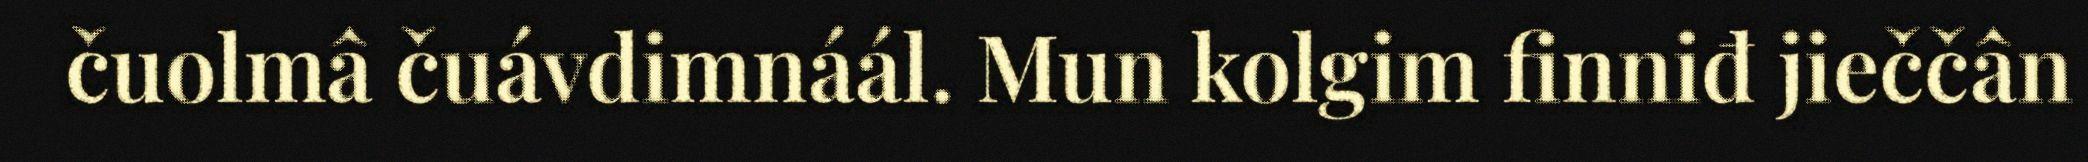
čuolmâ čuávdimnáál. Mun kolgim finniđ jieččân